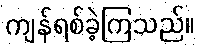
ကျန်ရစ်ခဲ့ကြသည်။